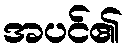
အပင်၏